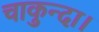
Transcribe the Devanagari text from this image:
चाकुन्दा।